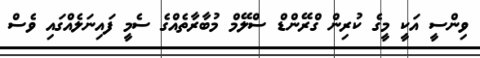
ވިންސީ އަކީ މީގެ ކުރިން ގްރޭންޑް ސްލޭމް މުބާރާތެއްގެ ސެމީ ފައިނަލެއްގައި ވެސް